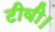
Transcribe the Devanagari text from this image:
टीवी।